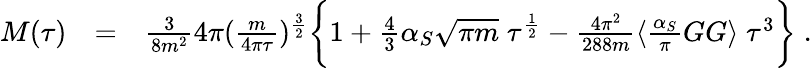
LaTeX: \begin{array}{rlr}{M(\tau)}&{=}&{\frac{3}{8m^{2}}4\pi(\frac{m}{4\pi\tau})^{\frac{3}{2}}\biggl\lbrace 1+\frac{4}{3}\alpha_{S}\sqrt{\pi m}\; \tau^{\frac{1}{2}}-\frac{4\pi^{2}}{288m}\langle\frac{\alpha_{S}}{\pi}GG\rangle\; \tau^{3}\biggr\rbrace\; .}\end{array}